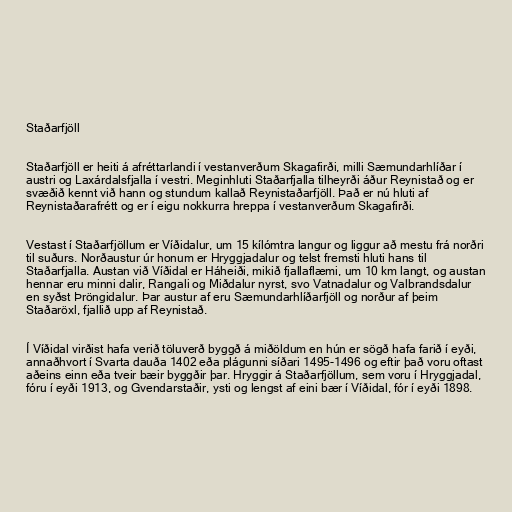
Staðarfjöll

Staðarfjöll er heiti á afréttarlandi í vestanverðum Skagafirði, milli Sæmundarhlíðar í
austri og Laxárdalsfjalla í vestri. Meginhluti Staðarfjalla tilheyrði áður Reynistað og er
svæðið kennt við hann og stundum kallað Reynistaðarfjöll. Það er nú hluti af
Reynistaðarafrétt og er í eigu nokkurra hreppa í vestanverðum Skagafirði.

Vestast í Staðarfjöllum er Víðidalur, um 15 kílómtra langur og liggur að mestu frá norðri
til suðurs. Norðaustur úr honum er Hryggjadalur og telst fremsti hluti hans til
Staðarfjalla. Austan við Víðidal er Háheiði, mikið fjallaflæmi, um 10 km langt, og austan
hennar eru minni dalir, Rangali og Miðdalur nyrst, svo Vatnadalur og Valbrandsdalur
en syðst Þröngidalur. Þar austur af eru Sæmundarhlíðarfjöll og norður af þeim
Staðaröxl, fjallið upp af Reynistað.

Í Víðidal virðist hafa verið töluverð byggð á miðöldum en hún er sögð hafa farið í eyði,
annaðhvort í Svarta dauða 1402 eða plágunni síðari 1495-1496 og eftir það voru oftast
aðeins einn eða tveir bæir byggðir þar. Hryggir á Staðarfjöllum, sem voru í Hryggjadal,
fóru í eyði 1913, og Gvendarstaðir, ysti og lengst af eini bær í Víðidal, fór í eyði 1898.